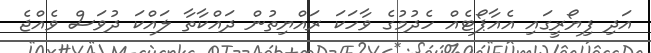
އަދި ފިޔޯރީގައި އެއާޕޯޓެއް ހެދުމުގެ ވާހަކަ ރައްޔިތުން ދައްކާތާ ލައްކަ ދުވަސް ވެއްޖެ